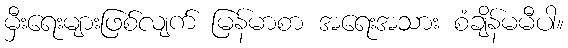
မှီးရေးများဖြစ်လျက် မြန်မာစာ အရေးအသား စံချိန်မမီပါ။